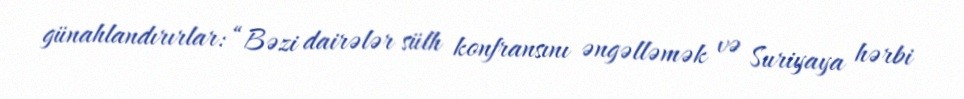
günahlandırırlar: “Bəzi dairələr sülh konfransını əngəlləmək və Suriyaya hərbi